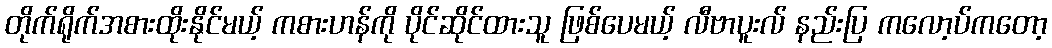
တိုက်ရိုက်အစားထိုးနိုင်မယ့် ကစားဟန်ကို ပိုင်ဆိုင်ထားသူ ဖြစ်ပေမယ့် လီဗာပူးလ် နည်းပြ ကလော့ပ်ကတော့